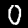
Digit: 0